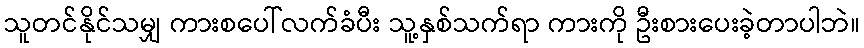
သူတင်နိုင်သမျှ ကားစပေါ်လက်ခံပီး သူ့နှစ်သက်ရာ ကားကို ဦးစားပေးခဲ့တာပါဘဲ။